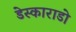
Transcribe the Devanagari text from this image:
डेस्काराडो